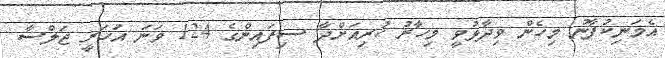
އެމަނިކުފާނު މިހެން ވިދާޅުވީ މިހާރު ކުރިއަށްދާ ސިފައިންގެ 124 ވަނަ އަހަރީ ޖަލްސާ